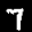
Label: 7